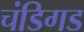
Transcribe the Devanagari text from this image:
चंडिगड